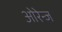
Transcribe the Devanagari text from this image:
ओरेन्ज